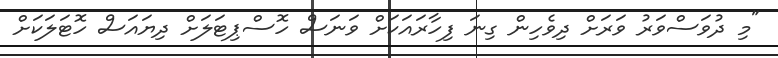
"މި ދުވަސްވަރު ވަރަށް ދިވެހިން ގިނަ ފިހާރައަކަށް ވަނަސް ހޮސްޕިޓަލަށް ދިޔައަސް ހޮޓަލަކަށް